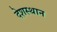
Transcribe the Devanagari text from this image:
देशस्थान